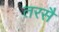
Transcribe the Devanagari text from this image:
तरसै